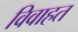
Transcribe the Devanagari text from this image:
विवाहत